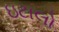
ઇટાલો